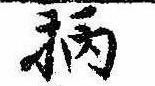
柄